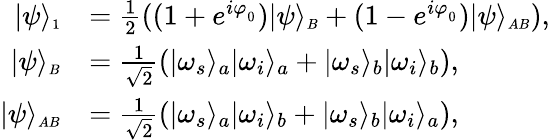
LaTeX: \begin{array}{rl}{|\psi\rangle_{\scriptscriptstyle 1}}&{=\frac{1}{2}((1+e^{i\varphi_{_0}})|\psi\rangle_{\scriptscriptstyle B}+(1-e^{i\varphi_{_0}})|\psi\rangle_{\scriptscriptstyle AB}),}\\ {|\psi\rangle_{\scriptscriptstyle B}}&{=\frac{1}{\sqrt{2}}\left(\vert\omega_{s}\rangle_{a}\vert\omega_{i}\rangle_{a}+\vert\omega_{s}\rangle_{b}\vert\omega_{i}\rangle_{b}\right),}\\ {|\psi\rangle_{\scriptscriptstyle AB}}&{=\frac{1}{\sqrt{2}}\left(\vert\omega_{s}\rangle_{a}\vert\omega_{i}\rangle_{b}+\vert\omega_{s}\rangle_{b}\vert\omega_{i}\rangle_{a}\right),}\end{array}